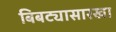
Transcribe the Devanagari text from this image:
बिबट्यासारखा